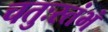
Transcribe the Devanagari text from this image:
चतुःस्तंभं